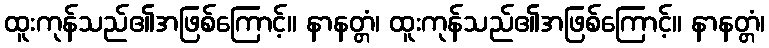
ထူးကုန်သည်၏အဖြစ်ကြောင့်။ နာနတ္တံ၊ ထူးကုန်သည်၏အဖြစ်ကြောင့်။ နာနတ္တံ၊